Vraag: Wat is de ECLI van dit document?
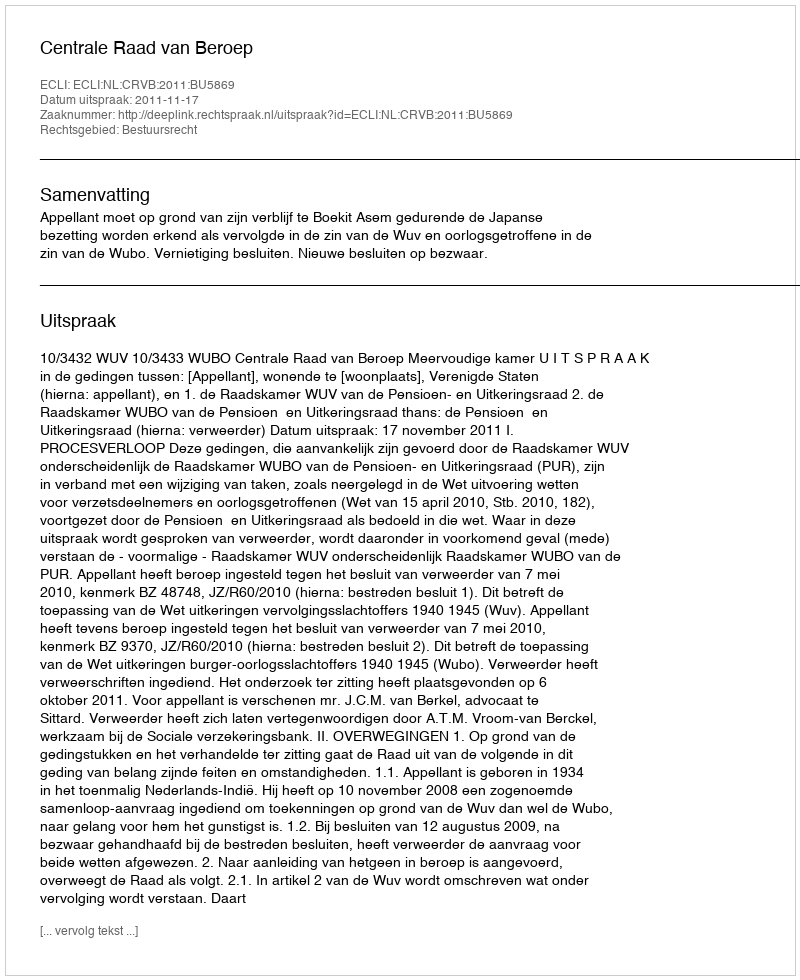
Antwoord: ECLI:NL:CRVB:2011:BU5869